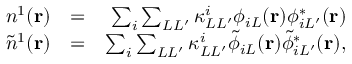
\begin{array} { r l r } { n ^ { 1 } ( { \bf r } ) } & { = } & { \sum _ { i } \sum _ { L L ^ { \prime } } \kappa _ { L L ^ { \prime } } ^ { i } \phi _ { i L } ( { \bf r } ) \phi _ { i L ^ { \prime } } ^ { * } ( { \bf r } ) } \\ { \tilde { n } ^ { 1 } ( { \bf r } ) } & { = } & { \sum _ { i } \sum _ { L L ^ { \prime } } \kappa _ { L L ^ { \prime } } ^ { i } \tilde { \phi } _ { i L } ( { \bf r } ) \tilde { \phi } _ { i L ^ { \prime } } ^ { * } ( { \bf r } ) , } \end{array}